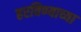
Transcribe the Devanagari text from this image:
हरविण्याच्या